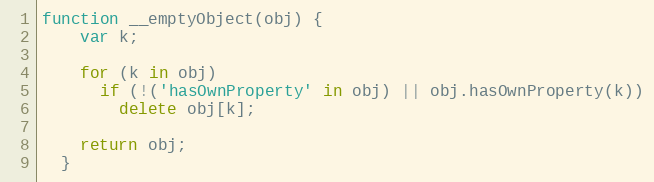
Language: JavaScript
function __emptyObject(obj) {
    var k;

    for (k in obj)
      if (!('hasOwnProperty' in obj) || obj.hasOwnProperty(k))
        delete obj[k];

    return obj;
  }